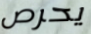
يحرص